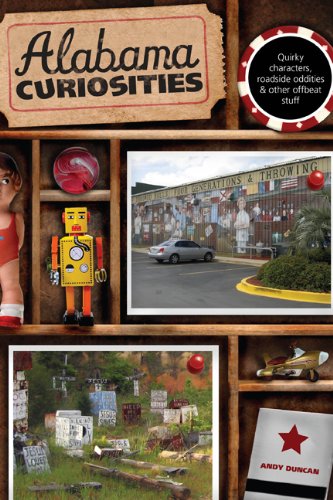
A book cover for Alabama Curiosities, 2nd: Quirky Characters, Roadside Oddities & Other Offbeat Stuff (Curiosities Series); Andy Duncan; Travel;